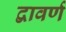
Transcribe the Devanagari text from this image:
द्वावर्ण